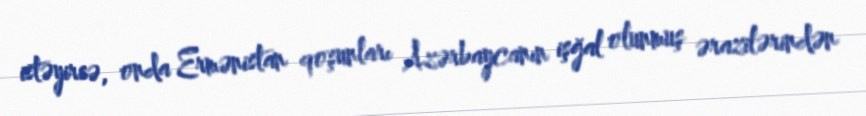
istəyirsə, onda Ermənistan qoşunları Azərbaycanın işğal olunmuş ərazilərindən